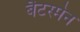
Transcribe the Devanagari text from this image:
बैटस्मेन